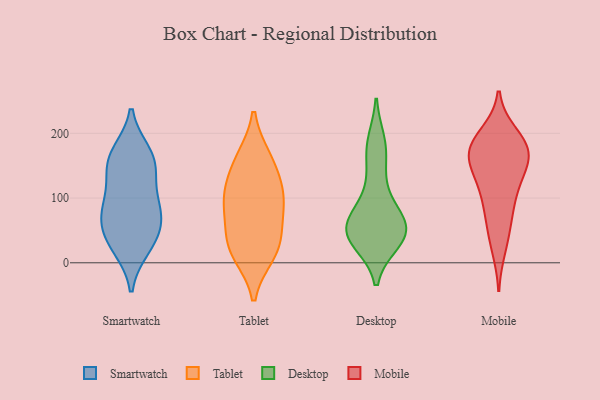
{"axis": {"x": "Humidity (%)", "y": "Value"}, "legend": ["Desktop", "Mobile", "Smartwatch", "Tablet"], "data": [{"x": "", "y": 168, "type": "Smartwatch"}, {"x": "", "y": 36, "type": "Smartwatch"}, {"x": "", "y": 146, "type": "Smartwatch"}, {"x": "", "y": 39, "type": "Smartwatch"}, {"x": "", "y": 84, "type": "Smartwatch"}, {"x": "", "y": 97, "type": "Smartwatch"}, {"x": "", "y": 78, "type": "Smartwatch"}, {"x": "", "y": 25, "type": "Smartwatch"}, {"x": "", "y": 151, "type": "Smartwatch"}, {"x": "", "y": 70, "type": "Smartwatch"}, {"x": "", "y": 161, "type": "Smartwatch"}, {"x": "", "y": 74, "type": "Tablet"}, {"x": "", "y": 127, "type": "Tablet"}, {"x": "", "y": 39, "type": "Tablet"}, {"x": "", "y": 162, "type": "Tablet"}, {"x": "", "y": 89, "type": "Tablet"}, {"x": "", "y": 161, "type": "Tablet"}, {"x": "", "y": 33, "type": "Tablet"}, {"x": "", "y": 13, "type": "Tablet"}, {"x": "", "y": 104, "type": "Tablet"}, {"x": "", "y": 14, "type": "Tablet"}, {"x": "", "y": 105, "type": "Tablet"}, {"x": "", "y": 41, "type": "Desktop"}, {"x": "", "y": 170, "type": "Desktop"}, {"x": "", "y": 47, "type": "Desktop"}, {"x": "", "y": 185, "type": "Desktop"}, {"x": "", "y": 57, "type": "Desktop"}, {"x": "", "y": 56, "type": "Desktop"}, {"x": "", "y": 116, "type": "Desktop"}, {"x": "", "y": 75, "type": "Desktop"}, {"x": "", "y": 47, "type": "Desktop"}, {"x": "", "y": 34, "type": "Desktop"}, {"x": "", "y": 197, "type": "Mobile"}, {"x": "", "y": 174, "type": "Mobile"}, {"x": "", "y": 187, "type": "Mobile"}, {"x": "", "y": 170, "type": "Mobile"}, {"x": "", "y": 120, "type": "Mobile"}, {"x": "", "y": 165, "type": "Mobile"}, {"x": "", "y": 125, "type": "Mobile"}, {"x": "", "y": 78, "type": "Mobile"}, {"x": "", "y": 24, "type": "Mobile"}, {"x": "", "y": 181, "type": "Mobile"}, {"x": "", "y": 51, "type": "Mobile"}, {"x": "", "y": 95, "type": "Mobile"}, {"x": "", "y": 163, "type": "Mobile"}, {"x": "", "y": 150, "type": "Mobile"}]}